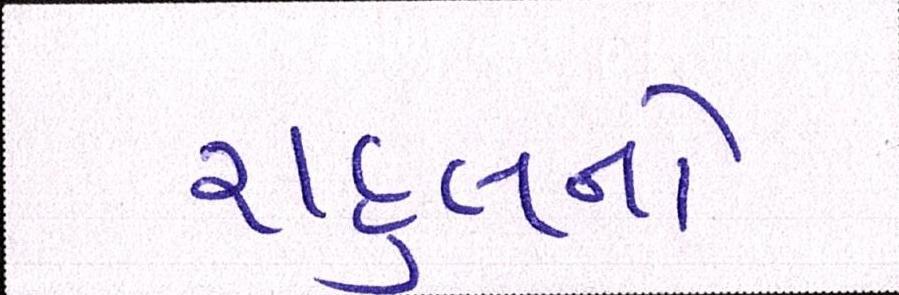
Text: રાહુલનો